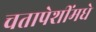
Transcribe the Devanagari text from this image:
चतापेशींमधे